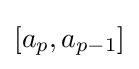
[a_{p},a_{p-1}]